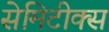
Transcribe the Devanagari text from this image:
सेमिटीक्स